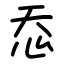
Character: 㤁